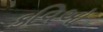
કવિઓ